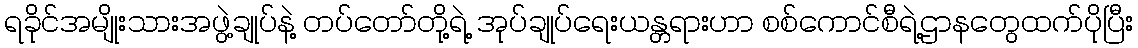
ရခိုင်အမျိုးသားအဖွဲ့ချုပ်နဲ့ တပ်တော်တို့ရဲ့ အုပ်ချုပ်ရေးယန္တရားဟာ စစ်ကောင်စီရဲ့ဌာနတွေထက်ပိုပြီး